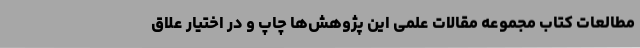
مطالعات کتاب مجموعه مقالات علمی این پژوهش‌ها چاپ و در اختیار علاق